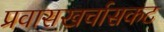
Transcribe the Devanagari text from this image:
प्रवासखर्चासकट